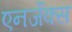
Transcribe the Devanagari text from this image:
एनर्जेक्स